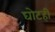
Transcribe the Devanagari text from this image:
घोटही